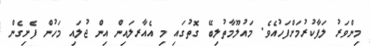
މިންވަރު ލަފާކުރުމަށްފަހުއެވެ. މައުލޫމާތުލިބޭ ގޮތުގައި މި އެއާރލައިން އިން ޖުލައި މަހުން ފެށިގެން